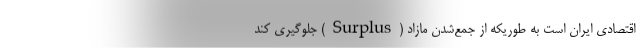
اقتصادی ایران است به طوریکه از جمع‌شدن مازاد (Surplus) جلوگیری کند